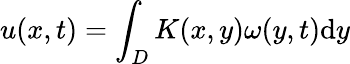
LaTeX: u(x,t)=\int_{D}K(x,y)\omega(y,t)\textrm{d}y